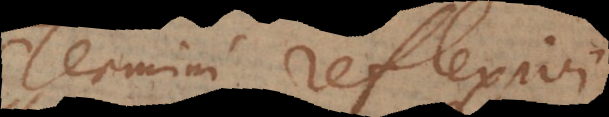
Termini reflexivi